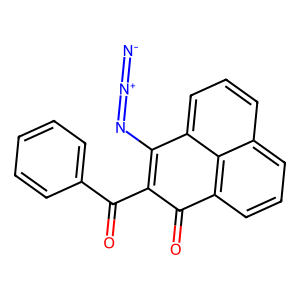
SMILES: [N-]=[N+]=NC1=C(C(=O)c2ccccc2)C(=O)c2cccc3cccc1c23
Inhibits HIV replication: No